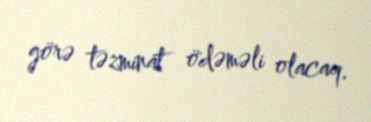
görə təzminat ödəməli olacaq.